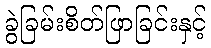
ခွဲခြမ်းစိတ်ဖြာခြင်းနှင့်